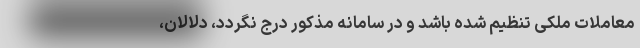
معاملات ملکی تنظیم شده باشد و در سامانه مذکور درج نگردد، دلالان،